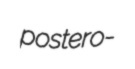
postero-